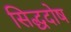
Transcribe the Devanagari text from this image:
सिद्धदोष